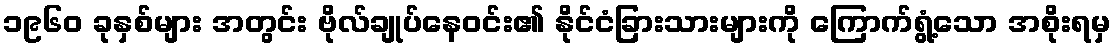
၁၉၆၀ ခုနှစ်များ အတွင်း ဗိုလ်ချုပ်နေဝင်း၏ နိုင်ငံခြားသားများကို ကြောက်ရွံ့သော အစိုးရမှ